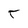
Character: t